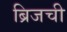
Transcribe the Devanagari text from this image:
ब्रिजची